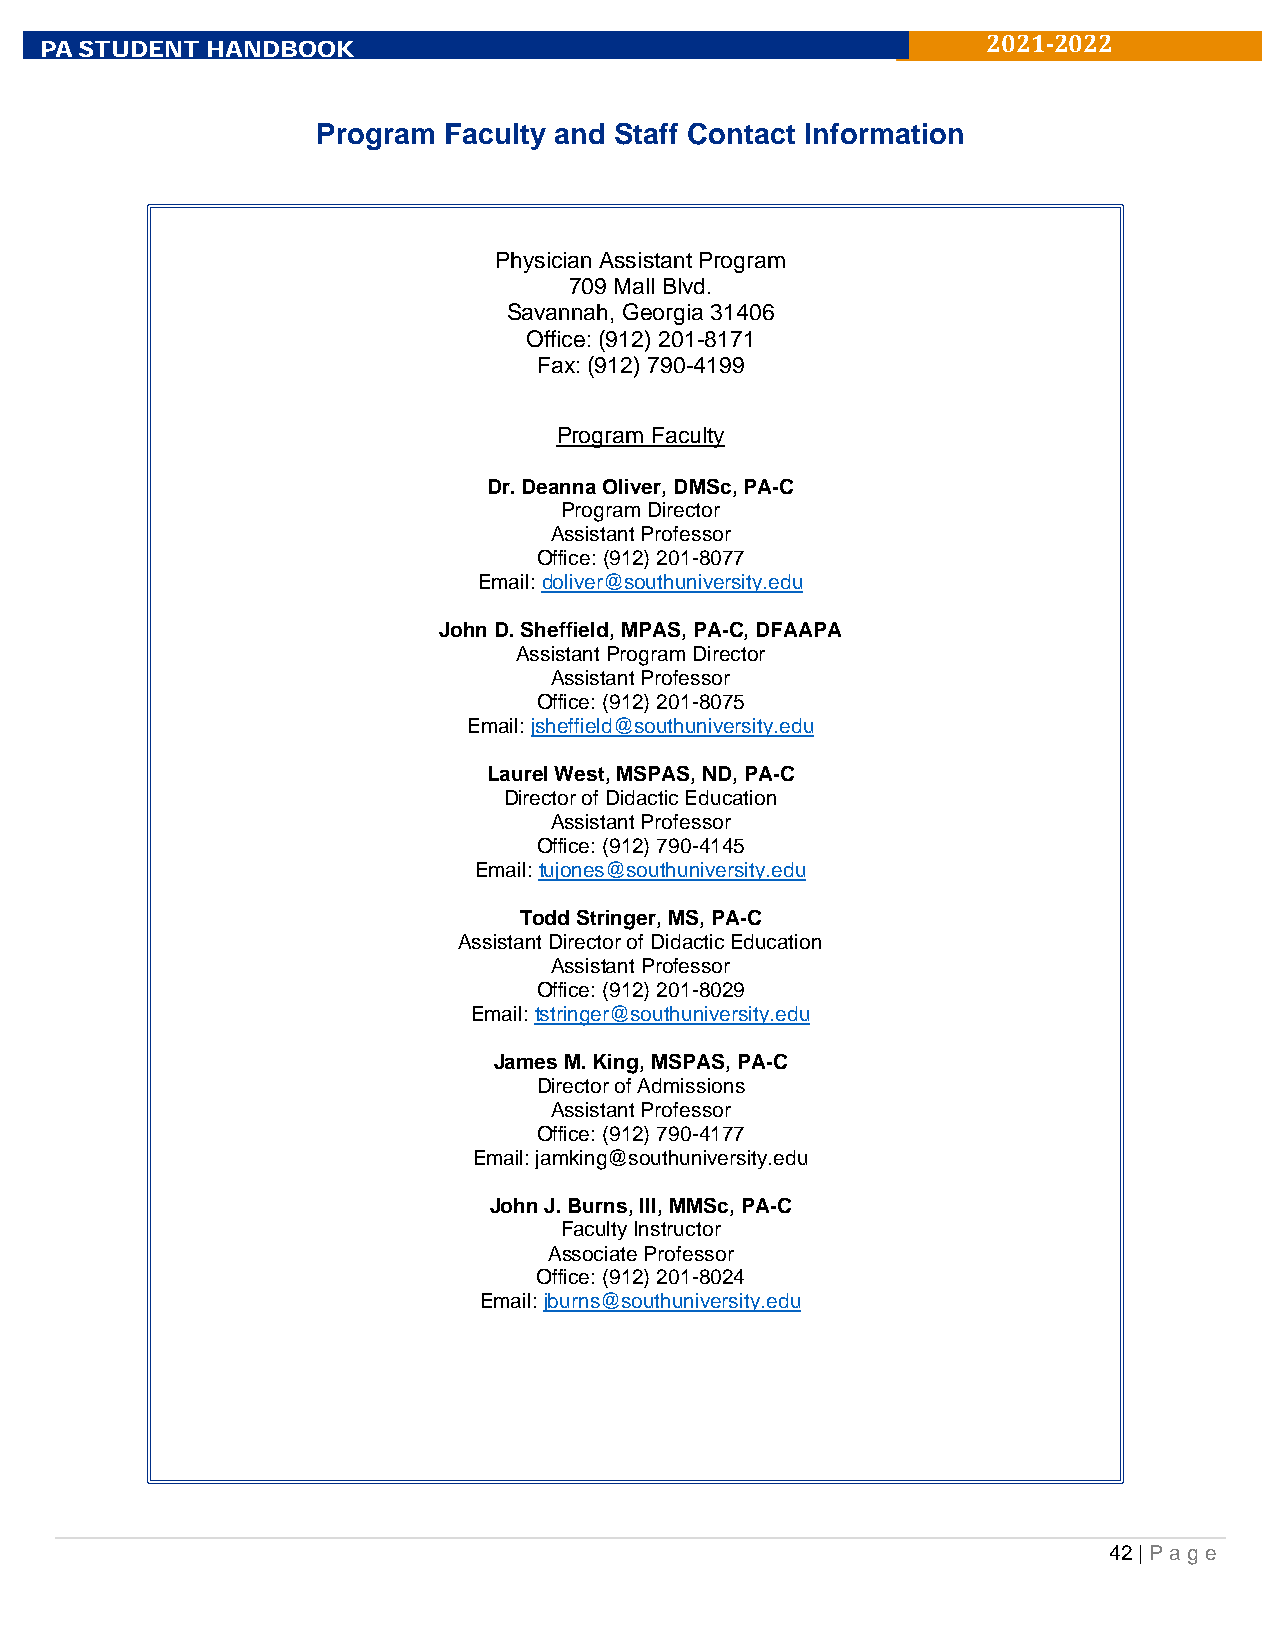
P A STUDENT HANDBOOK
 2021-2022
 Program Faculty and Staff Contact Information
 Physician Assistant Program
 709 Mall Blvd.
 Savannah, Georgia 31406
 Office: (912) 201-8171
 Fax: (912) 790-4199
 Program Faculty
 Dr. Deanna Oliver, DMSc, PA-C
 Program Director
 Assistant Professor
 Office: (912) 201-8077
 Email: doliver@southuniversity.edu
 John D. Sheffield, MPAS, PA-C, DFAAPA
 Assistant Program Director
 Assistant Professor
 Office: (912) 201-8075
 Email: jsheffield@southuniversity.edu
 Laurel West, MSPAS, ND, PA-C
 Director of Didactic Education
 Assistant Professor
 Office: (912) 790-4145
 Email: tujones@southuniversity.edu
 Todd Stringer, MS, PA-C
 Assistant Director of Didactic Education
 Assistant Professor
 Office: (912) 201-8029
 Email: tstringer@southuniversity.edu
 James M. King, MSPAS, PA-C
 Director of Admissions
 Assistant Professor
 Office: (912) 790-4177
 Email: jamking@southuniversity.edu
 John J. Burns, III, MMSc, PA-C
 Faculty Instructor
 Associate Professor
 Office: (912) 201-8024
 Email: jburns@southuniversity.edu
 42 | Pa g e